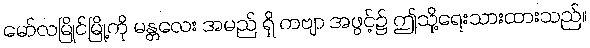
မော်လမြိုင်မြို့ကို မန္တလေး အမည် ရှိ ကဗျာ အဖွင့်၌ ဤသို့ရေးသားထားသည်။